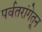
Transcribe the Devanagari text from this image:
पर्वतरांगेतून